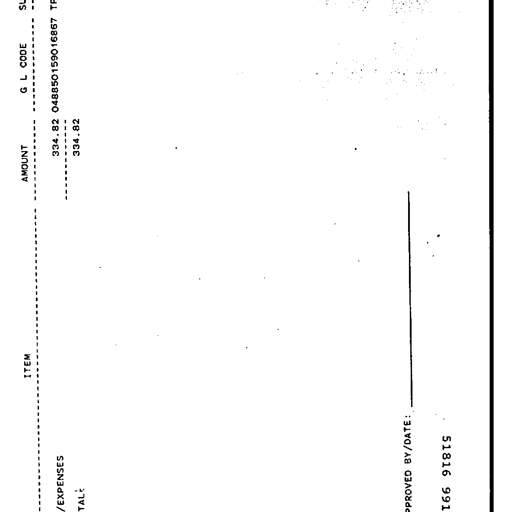
ITEM
AMOUNT
G L CODE
SL
EXPENSES
334.82 048850159016867 TF
TAL:
334.82
PPROVED BY/DATE:
166 991
51816